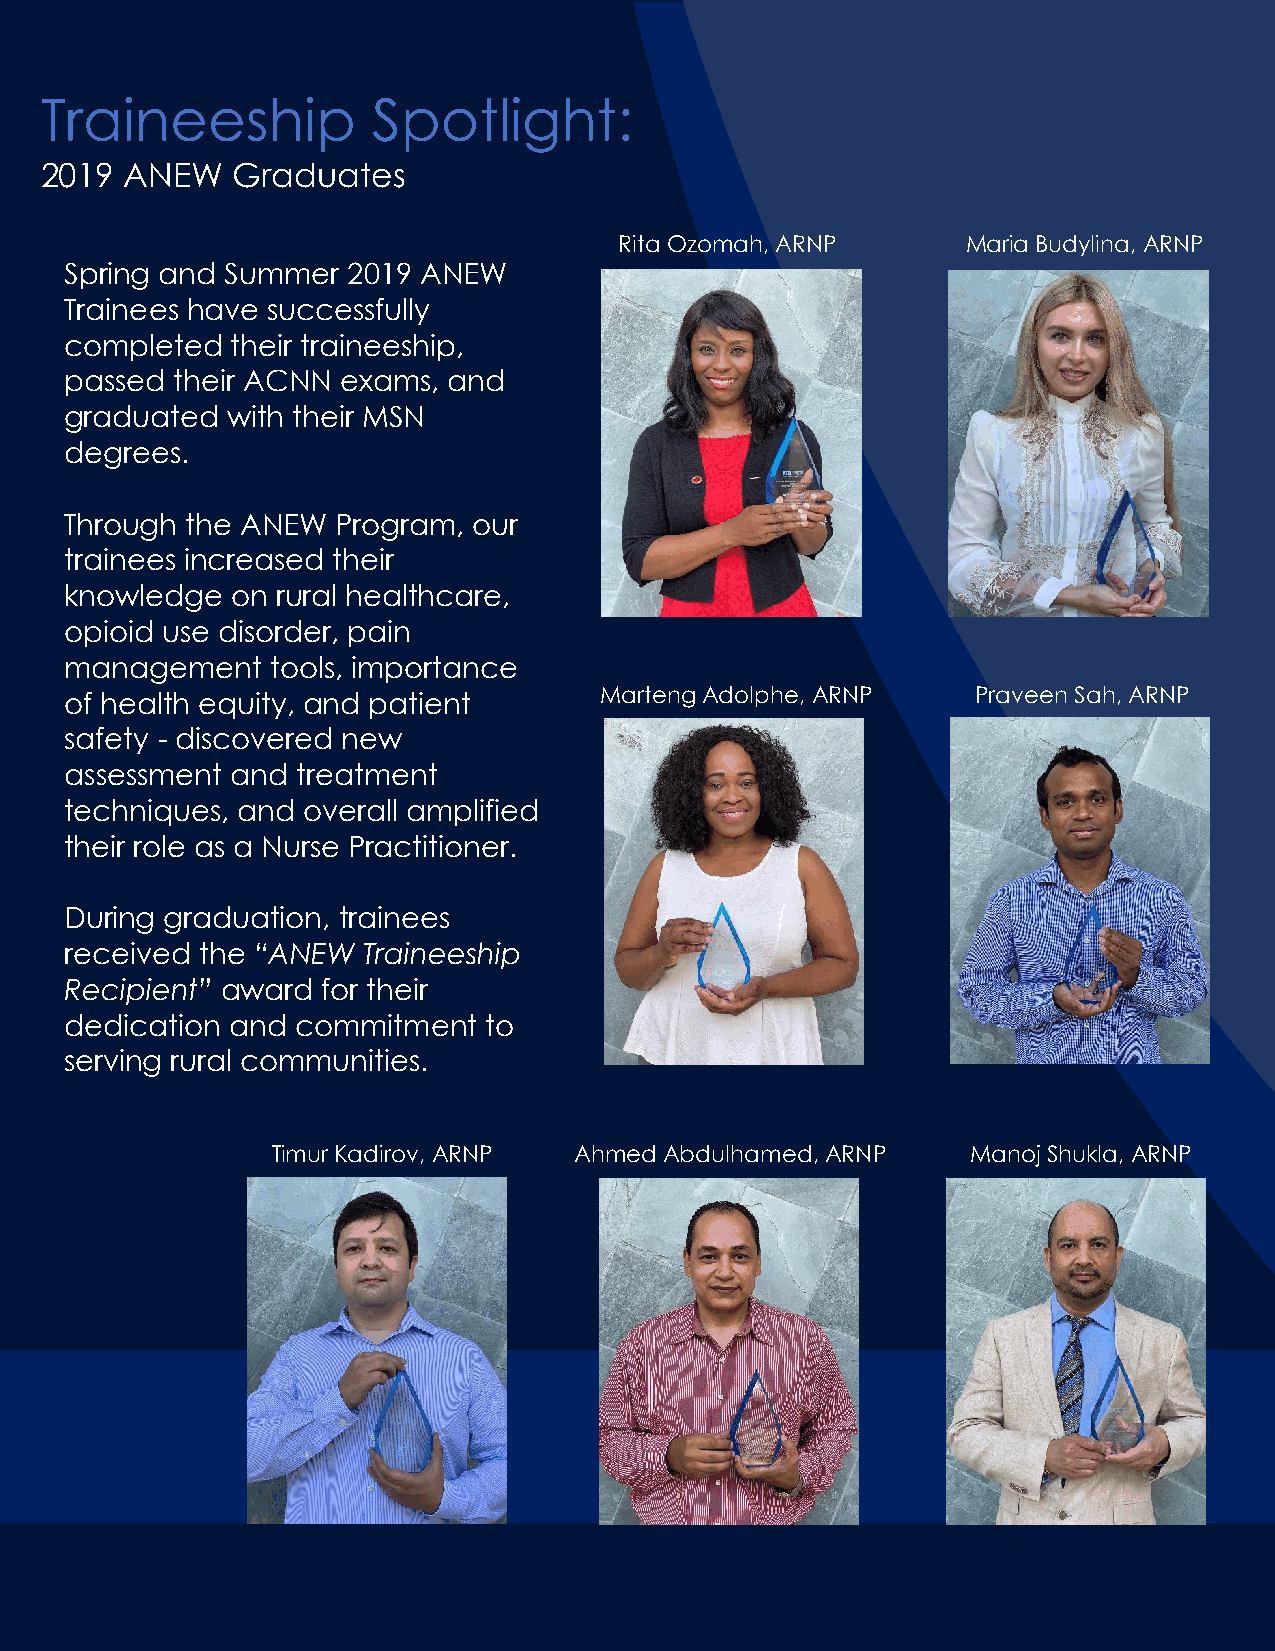
Traineeship           Spotlight:
 2019 ANEW   Graduates
 Rita Ozomah, ARNP      Maria Budylina, ARNP
 Spring and Summer  2019 ANEW
 Trainees have successfully
 completed  their traineeship,
 passed  their ACNN exams, and
 graduated  with their MSN
 degrees.
 Through the ANEW  Program, our
 trainees increased their
 knowledge  on rural healthcare,
 opioid use disorder, pain
 management    tools, importance
 of health equity, and patient       Marteng Adolphe, ARNP    Praveen Sah, ARNP
 safety - discovered new
 assessment and  treatment
 techniques, and overall amplified
 their role as a Nurse Practitioner.
 During graduation, trainees
 received the “ANEW  Traineeship
 Recipient” award for their
 dedication and  commitment  to
 serving rural communities.
 Timur Kadirov, ARNP Ahmed Abdulhamed, ARNP    Manoj Shukla, ARNP